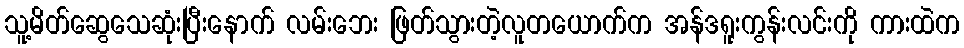
သူ့မိတ်ဆွေသေဆုံးပြီးနောက် လမ်းဘေး ဖြတ်သွားတဲ့လူတယောက်က အန်ဒရူးကွန်းလင်းကို ကားထဲက